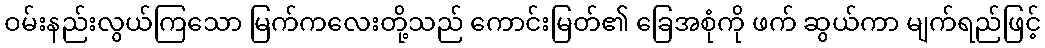
ဝမ်းနည်းလွယ်ကြသော မြက်ကလေးတို့သည် ကောင်းမြတ်၏ ခြေအစုံကို ဖက် ဆွယ်ကာ မျက်ရည်ဖြင့်